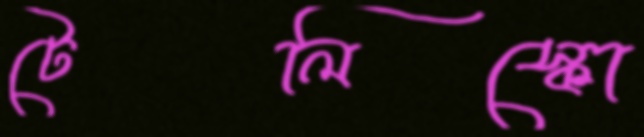
টেলিস্কো